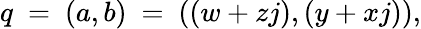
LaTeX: q\ =\ (a,b)\ =\ ((w+zj),(y+xj)),